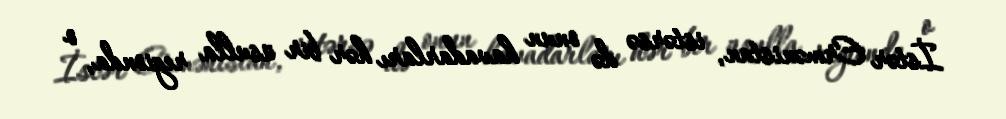
İstər Ermənistan, istərsə də onun havadarları hər bir üsulla regionda, o